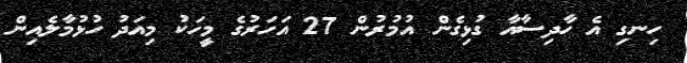
ހިނގި އެ ހާދިސާއާ ގުޅިގެން އުމުރުން 27 އަހަރުގެ މީހަކު މިއަދު ހުޅުމާލެއިން